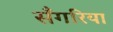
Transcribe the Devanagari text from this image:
सँगरिया